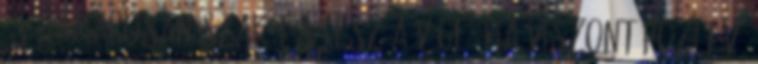
és hamarosan szakítás lesz a vége. Ha viszont pozitív,